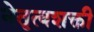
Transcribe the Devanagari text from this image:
नेतृत्वशक्ती